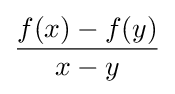
{\frac {f(x)-f(y)}{x-y}}